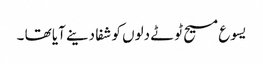
یسوع مسیح ٹوٹے دلوں کو شفا دینے آیا تھا ۔